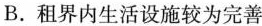
B.租界内生活设施较为完善